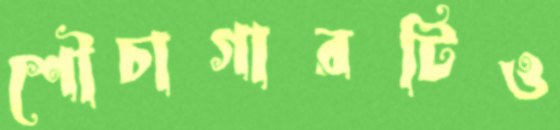
শৌচাগারটিও